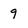
Character: 9